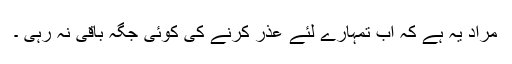
مراد یہ ہے کہ اب تمہارے لئے عذر کرنے کی کوئی جگہ باقی نہ رہی ۔